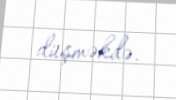
düşməkdə.